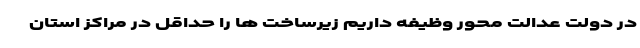
در دولت عدالت محور وظیفه داریم زیرساخت ها را حداقل در مراکز استان